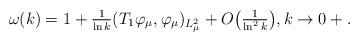
LaTeX: \begin{align*}\omega(k) = 1 +\tfrac{1}{\ln k} (T_1\varphi_\mu,\varphi_\mu)_{L^2_\mu} + O\big(\tfrac{1}{\ln^2 k}\big), k\rightarrow0+.\end{align*}